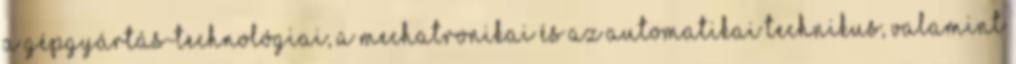
a gépgyártás-technológiai, a mechatronikai és az automatikai technikus, valamint